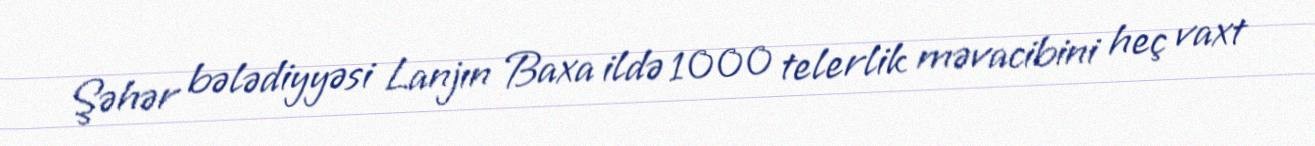
Şəhər bələdiyyəsi Lanjın Baxa ildə 1000 telerlik məvacibini heç vaxt